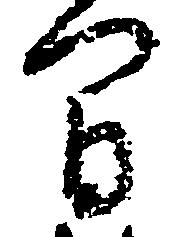
間